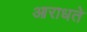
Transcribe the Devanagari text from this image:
आराधते